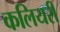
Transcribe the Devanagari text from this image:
कलियरी